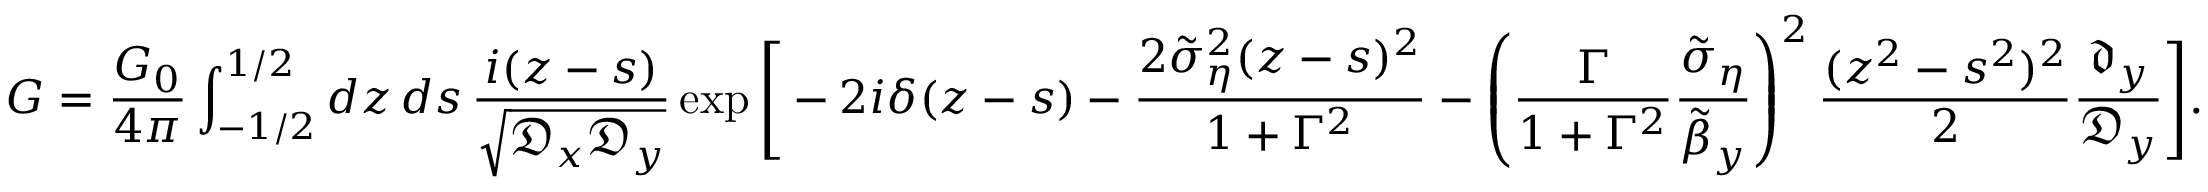
G = \frac { G _ { 0 } } { 4 \pi } \int _ { - 1 / 2 } ^ { 1 / 2 } d z \, d s \, \frac { i ( z - s ) } { \sqrt { \mathfrak { D } _ { x } \mathfrak { D } _ { y } } } \exp \Bigg [ - 2 i \delta ( z - s ) - \frac { 2 \tilde { \sigma } _ { \eta } ^ { 2 } ( z - s ) ^ { 2 } } { 1 + \Gamma ^ { 2 } } - \left( \frac { \Gamma } { 1 + \Gamma ^ { 2 } } \frac { \tilde { \sigma } _ { \eta } } { \tilde { \beta } _ { y } } \right) ^ { 2 } \frac { ( z ^ { 2 } - s ^ { 2 } ) ^ { 2 } } { 2 } \frac { \mathfrak { d } _ { y } } { \mathfrak { D } _ { y } } \Bigg ] .